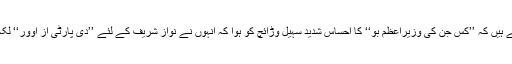
اس سے پہلے کہ ہم آگے بڑھیں ہم یہ جاننے کی بھی کوشش کرتے ہیں کہ ’’کس جن کی وزیراعظم بو‘‘ کا احساس شدید سہیل وڑائچ کو ہوا کہ انہوں نے نواز شریف کے لئے ’’دی پارٹی اِز اوور‘‘ لکھ دیا، خود ان ہی کے الفاظ میں ’’ایک ریاست میں ایک دیو رہتاتھا۔